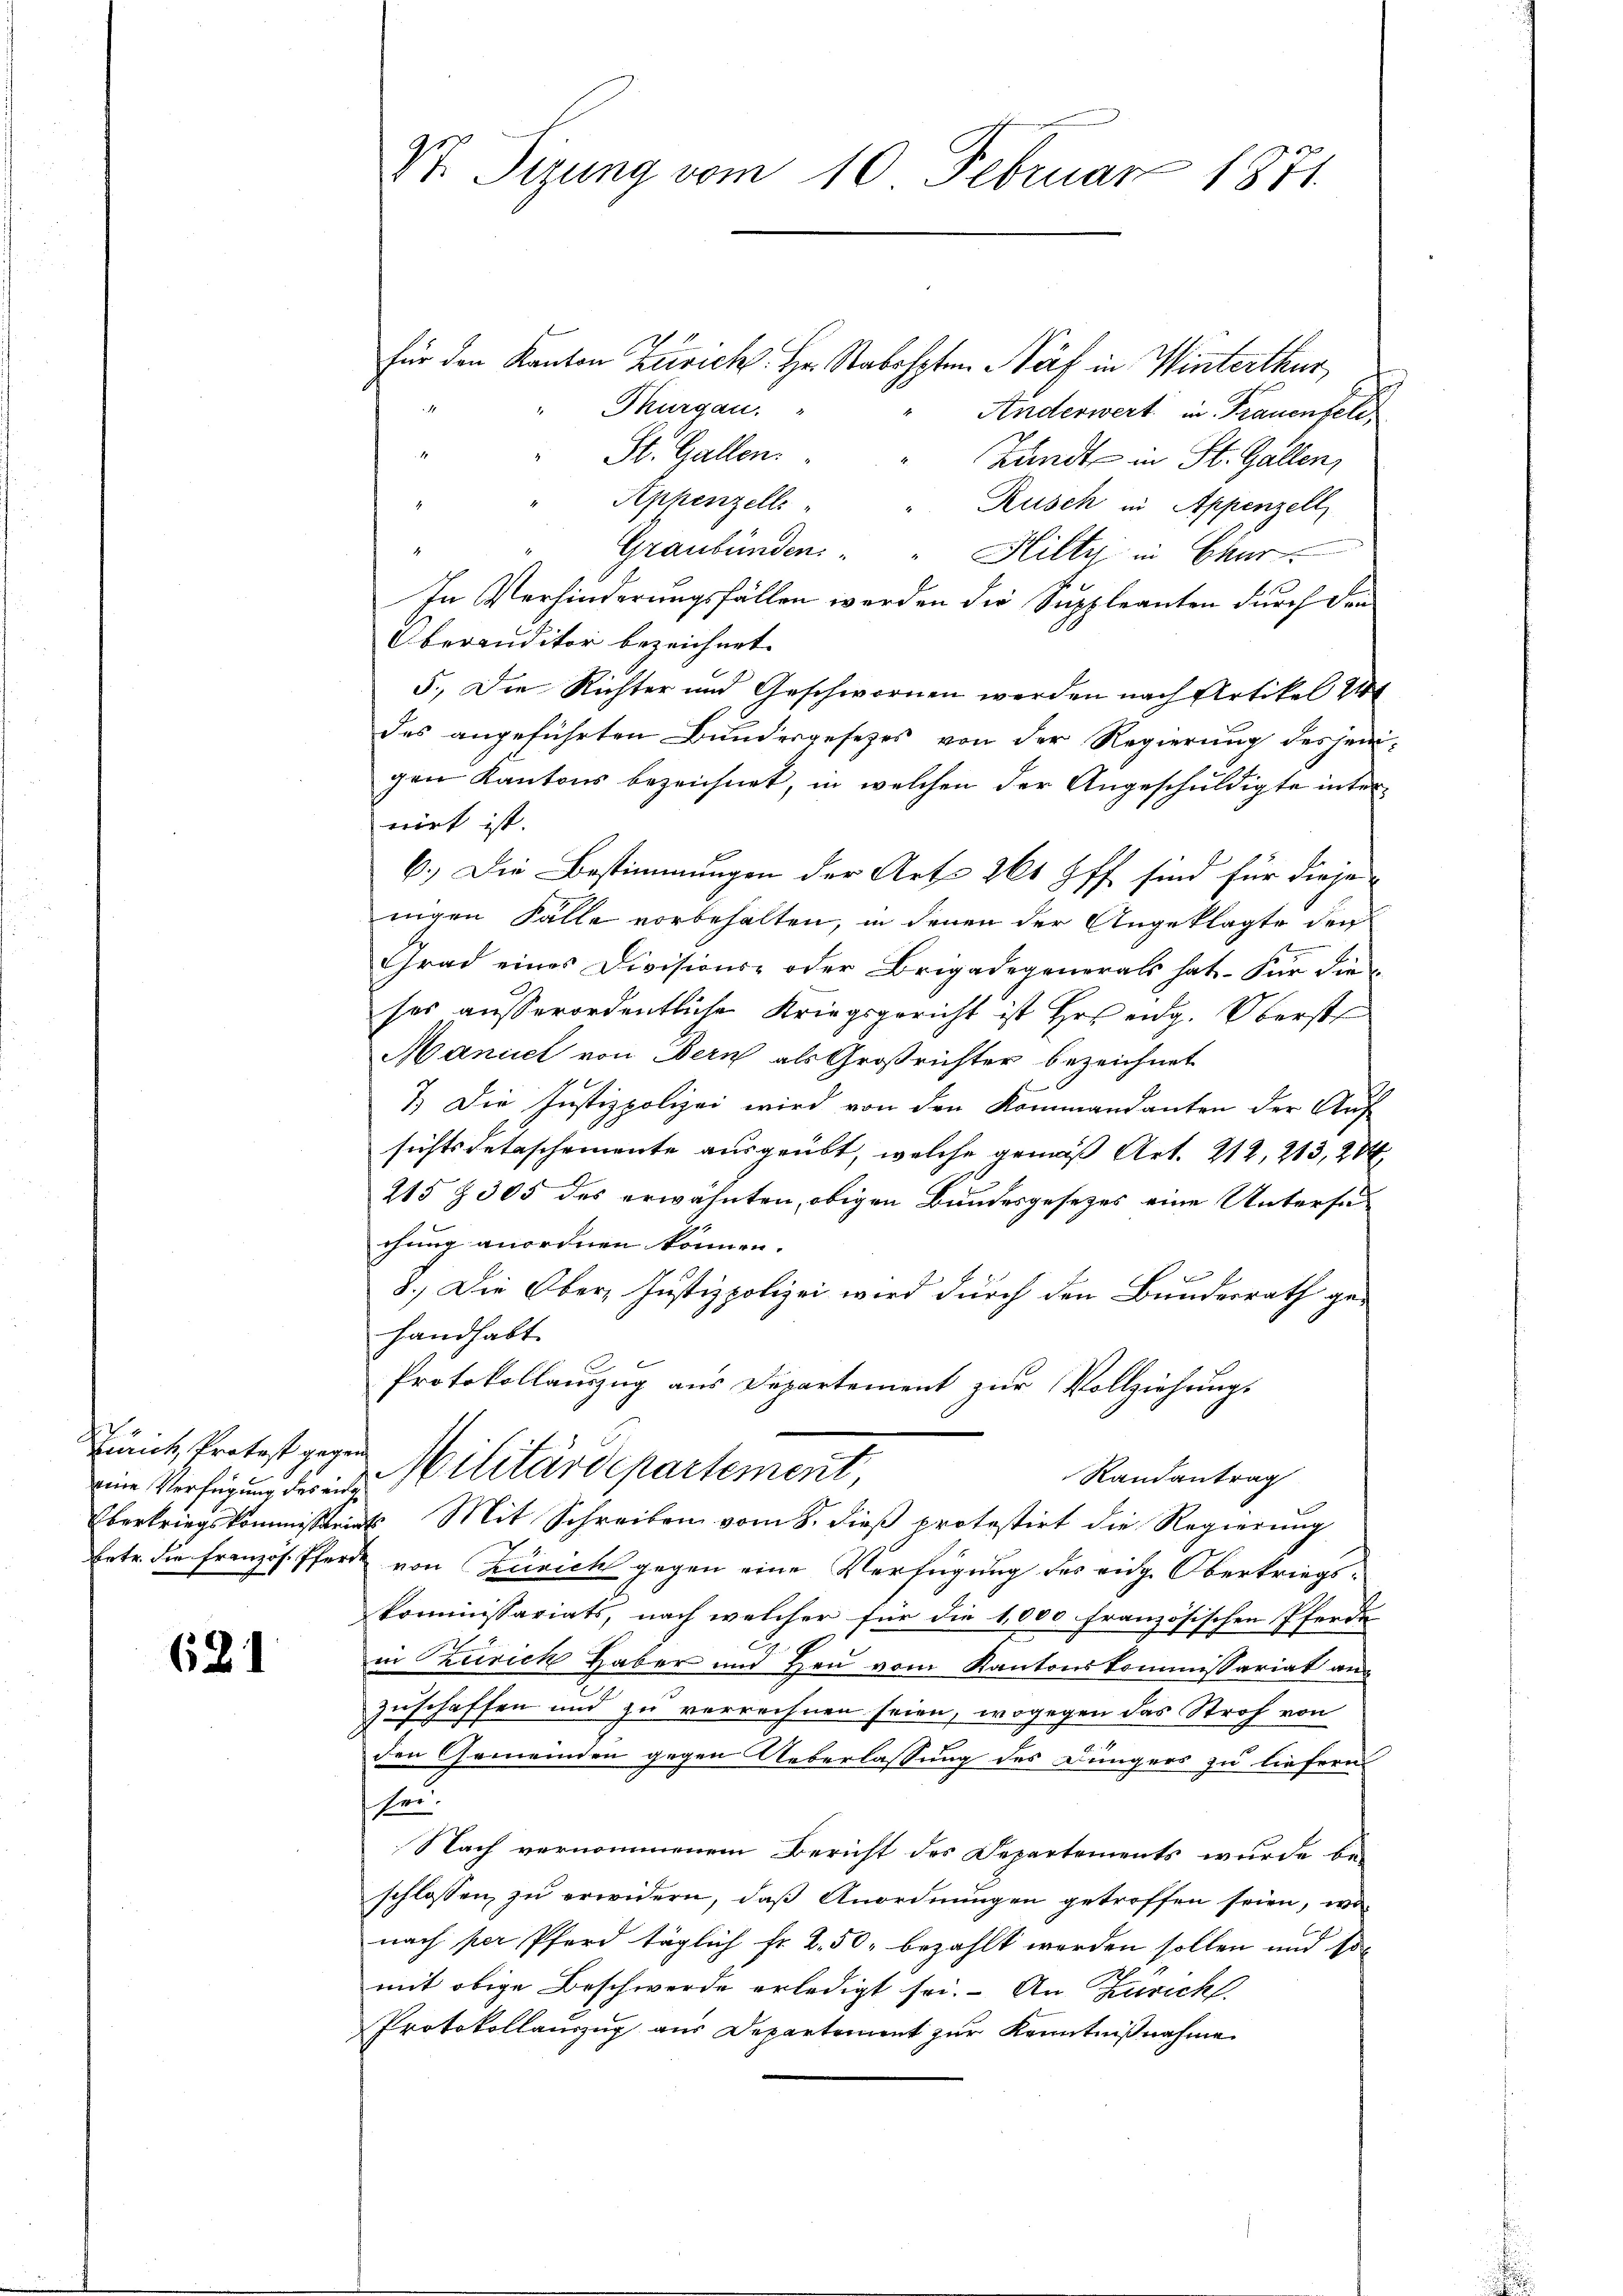
r
Zürich, Protost gegen
eine Verfügung des eine
Eberkriegskommissari
betr. die französ. Pferr

621

St. Sizung vom 10. Februar 1871.

für den Kanton Zürich Hr. Stabshptm. Näf in Winterthur,
Thurgau. "
Anderwert in Frauenfeld
St. Gallen.
Landt in St. Gallen,
Appenzell
Rusch in Appenzell
Graubünden:
Hilty in Chur.
In Verhinderungsfällen werden die Suppleanten durch den
Oberanditor bezeichnet.
5.) Die Richter und Geschwornen werden nach Artikel 144
des angeführten Bundesgesezes von der Regierung desjenigen Kantons bezeichnet, in welchen der Angeschuldigte internirt ist.
6.) Die Bestimmungen der Art. 261 ff. sind für dieje
nigen Falle vorbehalten, in denen der Angeklagte der
s
Grad eines Divisions- oder Brigadegenerals hat. Für die
ses ausserordentliche Kriegsgericht ist Hrs eidg. Oberst
Manuel von Bern als Großrichter bezeichnet
7.) Die Justizpolizei wird von den Kommandanten der Aufsichts detaschemente ausgeübt, welche gemäß Art. 212, 213, 20
215 & 305 des erwähnten, obigen Bundesgesetzes eine Untersuchung anordnen können.
8.) Die Ober, Justizpolizei wird durch den Bundesrath ge-
handhabt.

Protokollauszug aus Departement zur Vollziehung.
Militärdepartement,
Randantrag
as Mit Schreiben vom 8. dieß protestirt die Regierung
von Züricht gegen eine Verfügung des eidg. Oberkriegskommissariats, nach welcher für die 1,000 französischen Pferde
in Zürich Haber und Heu vom Kantonskommissariat an
Zuschaffen und zu verrechnen seien, wogegen das Stroh von
den Gemeinden gegen Ueberlassung des Düngers zu liefern
ser.
Nach vernommenem Bericht des Departements wurde be-
schlossen, zu erwidern, daß Anordnungen getroffen seien, wonach per Pferd täglich fr. 2. 50, bezahlt werden sollen und so
mit obige Beschwerde erledigt sei. An Zürich
Protokollauszug aus Departement zur Kenntnißnahme